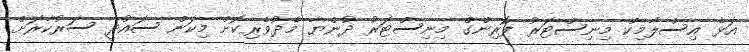
އަޅެ އިސްލާމިކް މިނިސްޓަރު ފޮރިންގް މިނިސްޓަރު ދުންޔާ މެދުވެރިކޮށް މިކަން ސައުދީ ސަރުކާރަށް